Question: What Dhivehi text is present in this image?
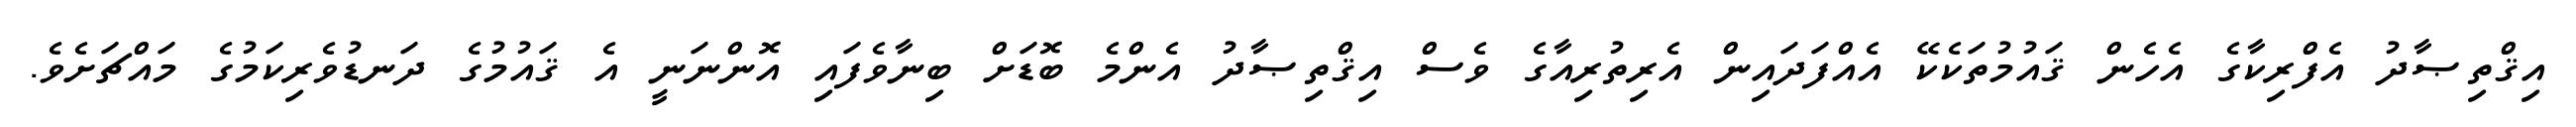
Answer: އިޤްތިޞާދު އެފްރިކާގެ އެހެން ޤައުމުތަކެކޭ އެއްފަދައިން އެރިތުރިއާގެ ވެސް އިޤްތިޞާދު އެންމެ ބޮޑަށް ބިނާވެފައި އޮންނަނީ އެ ޤައުމުގެ ދަނޑުވެރިކަމުގެ މައްޗަށެވެ.